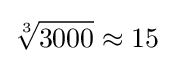
{\sqrt[{3}]{3000}}\approx 15